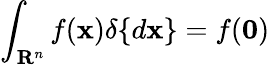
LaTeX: \int_{\mathbf{R}^{n}}f(\mathbf{x})\delta\{ d\mathbf{x}\} =f(\mathbf{0})